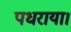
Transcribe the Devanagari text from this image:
पधराया।